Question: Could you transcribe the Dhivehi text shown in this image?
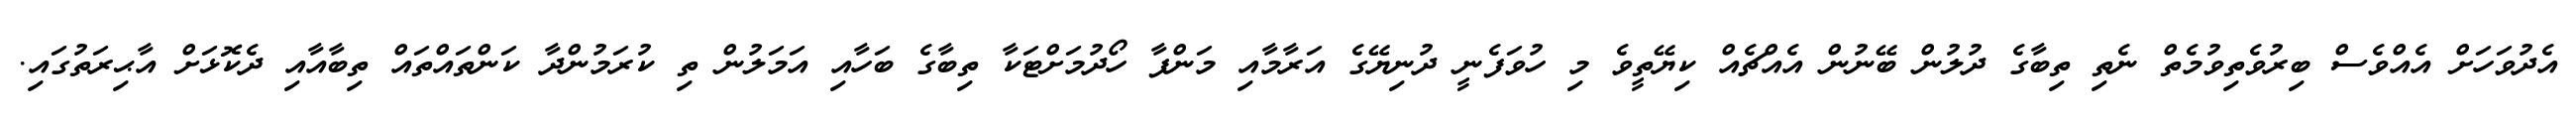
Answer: އެދުވަހަށް އެއްވެސް ބިރުވެތިވުމެތް ނެތި ތިބާގެ ދުލުން ބޭނުން އެއްޗެއް ކިޔޭތީވެ މި ހުވަފެނީ ދުނިޔޭގެ އަރާމާއި މަންފާ ހޯދުމަށްޓަކާ ތިބާގެ ބަހާއި އަމަލުން ތި ކުރަމުންދާ ކަންތައްތައް ތިބާއާއި ދެކޮޅަށް އާޙިރަތުގައި.